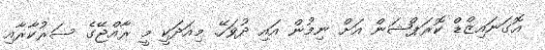
އޮގަނައިޒްޑް ކޮރަޕްޝަން އަށް ނިމުން އައި ދުވަހޭ. މިއަދަކީ މީ ރާއްޖޭގެ ސަރުކާރާއި